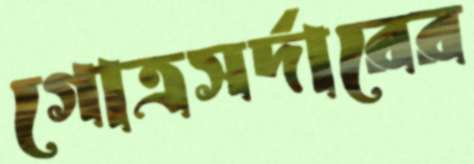
গোত্রসর্দারের